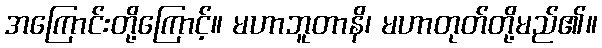
အကြောင်းတို့ကြောင့်။ မဟာဘူတာနိ၊ မဟာတုတ်တို့မည်၏။